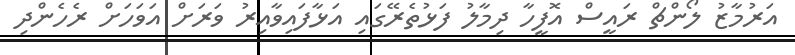
އަރުމާޒު ލޯންޗް ރައީސް އޮފީހާ ދިމާލު ފަޅުތެރޭގައި އަޅާފައިވާއިރު ވަރަށް އަވަހަށް ރެހެންދި